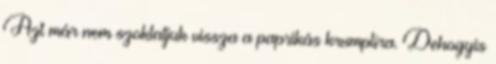
Azt már nem szoktatjuk vissza a paprikás krumplira. Dehogyis